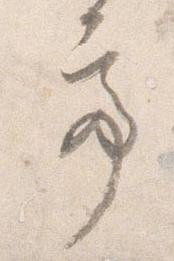
亭